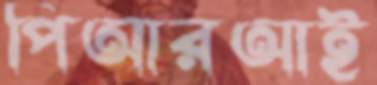
পিআরআই